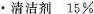
·清洁剂15%